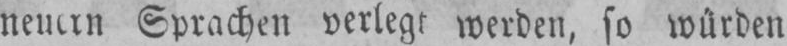
Sprachen verlegt werden, so würden